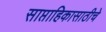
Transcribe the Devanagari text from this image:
साप्ताहिकासाठीचे